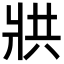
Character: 𭷄